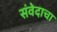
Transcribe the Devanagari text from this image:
संवेदाचा